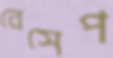
রেসেপ